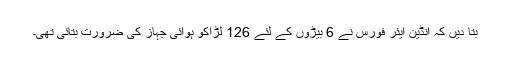
بتا دیں کہ انڈین ایئر فورس نے 6 بیڑوں کے لئے 126 لڑاکو ہوائی جہاز کی ضرورت بتائی تھی۔